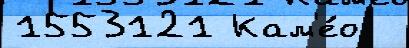
1553121 Кам'е́о